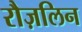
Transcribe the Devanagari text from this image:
रौज़लिन